Civil Veterinary Department Bihar reports 1936-40 - 1936-1940
Year: 1936
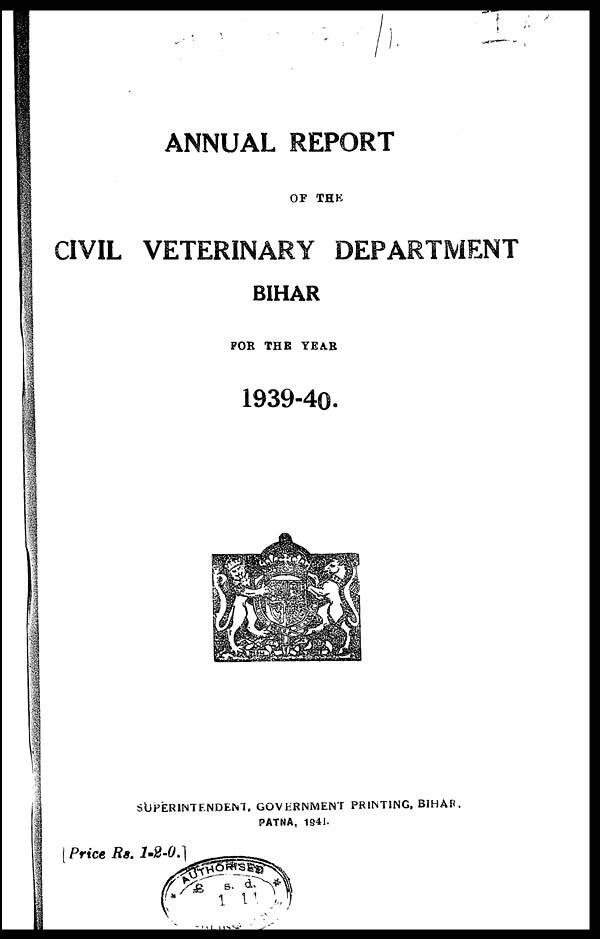
ANNUAL REPORT
OP THE
CIVIL VETERINARY DEPARTMENT
BIHAR
FOR THE YEA.R
1939-40.
SUPERINTENDENT, GOVERNMENT PRINTING, BIHAR.
PATNA, 1841.
[Price Rs. 1-2-0.]